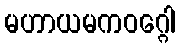
မဟာယမကဝဂ္ဂေါ